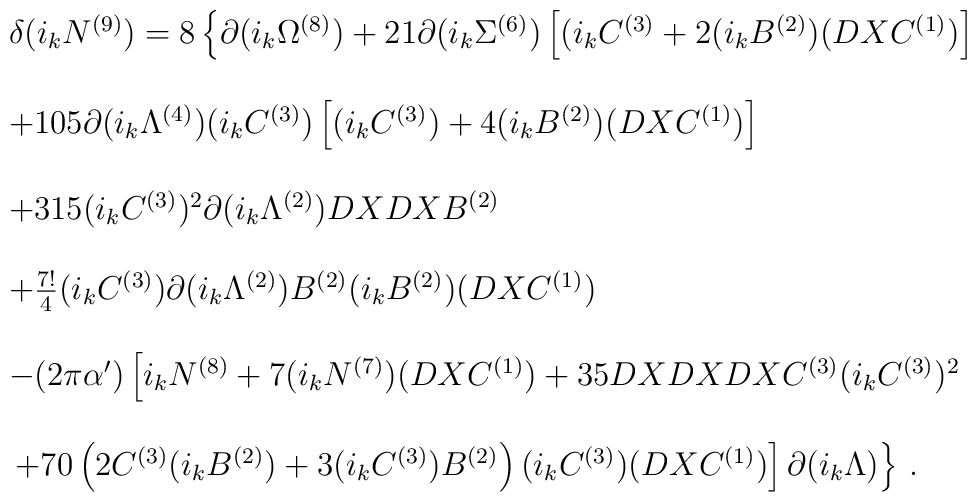
\begin{array}{rcl}&&\delta (i_k N^{(9)})=8\left\{ \partial (i_k \Omega^{(8)})+21\partial (i_k \Sigma^{(6)})\left[ (i_k C^{(3)}+2(i_k B^{(2)})(DX C^{(1)})\right] \right.\\ & & \\ & &+105\partial (i_k \Lambda^{(4)})(i_k C^{(3)})\left[(i_k C^{(3)})+4(i_k B^{(2)})(DX C^{(1)})\right]\\ & & \\ & &+315 (i_k C^{(3)})^2\partial (i_k \Lambda^{(2)})DXDXB^{(2)}\\ & & \\ & &+\frac{7!}{4}(i_k C^{(3)})\partial (i_k \Lambda^{(2)})B^{(2)}(i_k B^{(2)})(DX C^{(1)}) \\ & & \\ & &-(2\pi\alpha^\prime)\left[ i_k N^{(8)}+7 (i_k N^{(7)})(DX C^{(1)})+35DXDXDX C^{(3)} (i_k C^{(3)})^2 \right.\\ & & \\ & &\left. \left. +70 \left( 2C^{(3)}(i_k B^{(2)})+3(i_k C^{(3)})B^{(2)}\right) (i_k C^{(3)})(DX C^{(1)})\right]\partial (i_k \Lambda)\right\} \, .\\\end{array}